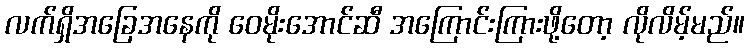
လက်ရှိအခြေအနေကို ဝေမိုးအောင်ဆီ အကြောင်းကြားဖို့တော့ လိုလိမ့်မည်။